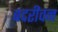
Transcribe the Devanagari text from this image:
बदरीवन